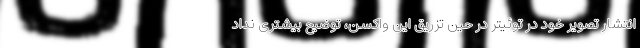
انتشار تصویر خود در توئیتر در حین تزریق این واکسن، توضیح بیشتری نداد